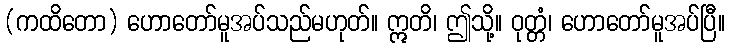
(ကထိတော) ဟောတော်မူအပ်သည်မဟုတ်။ ဣတိ၊ ဤသို့။ ဝုတ္တံ၊ ဟောတော်မူအပ်ပြီ။